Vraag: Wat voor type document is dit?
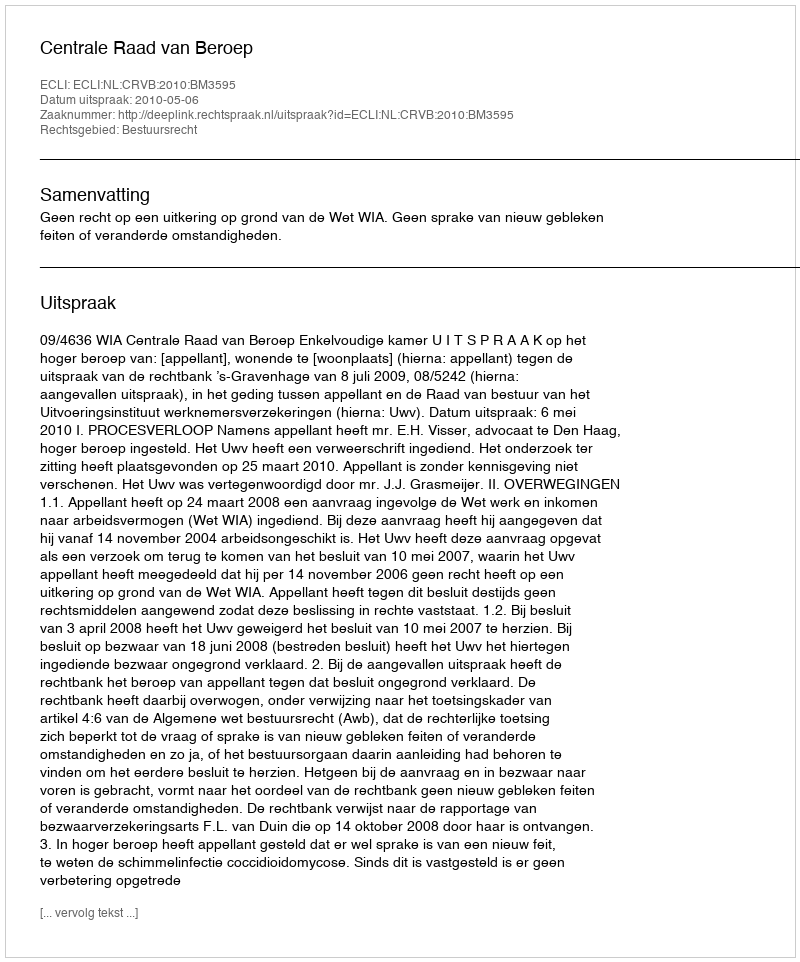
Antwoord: Uitspraak